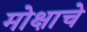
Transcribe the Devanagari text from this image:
मोक्षाचे